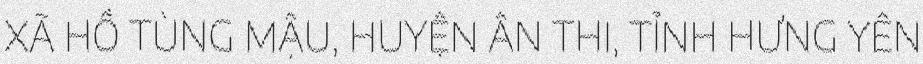
XÃ HỒ TÙNG MẬU, HUYỆN ÂN THI, TỈNH HƯNG YÊN